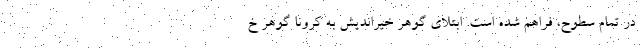
در تمام سطوح، فراهم شده است. ابتلای گوهر خیراندیش به کرونا گوهر خ